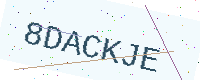
Text: 8DACKJE